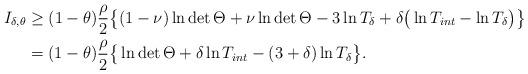
LaTeX: \begin{align*}I_{\delta,\theta}&\geq(1-\theta)\frac{\rho}{2}\big\{ (1-\nu)\ln \det\Theta + \nu\ln\det\Theta-3 \ln T_{\delta}+\delta\big(\ln T_{int}-\ln T_{\delta}\big)\big\}\cr&=(1-\theta)\frac{\rho}{2}\big\{\ln\det\Theta+\delta\ln T_{int}-(3+\delta)\ln T_{\delta}\big\}.\end{align*}